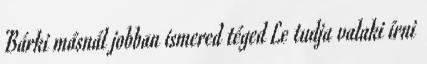
Bárki másnál jobban ismered téged Le tudja valaki írni